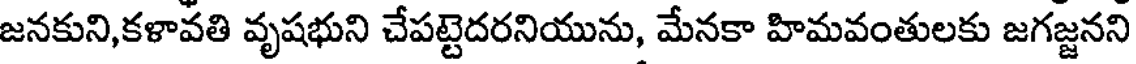
జనకుని,కళావతి వృషభుని చేపట్టెదరనియును, మేనకా హిమవంతులకు జగజ్జనని